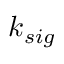
k _ { s i g }